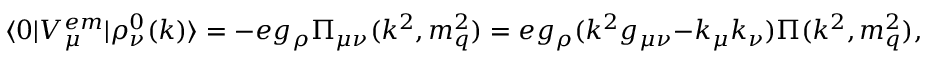
\langle 0 | { \cal V } _ { \mu } ^ { e m } | \rho _ { \nu } ^ { 0 } ( k ) \rangle = - e g _ { \rho } \Pi _ { \mu \nu } ( k ^ { 2 } , m _ { q } ^ { 2 } ) = e g _ { \rho } ( k ^ { 2 } g _ { \mu \nu } - k _ { \mu } k _ { \nu } ) \Pi ( k ^ { 2 } , m _ { q } ^ { 2 } ) ,